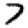
Digit: 7